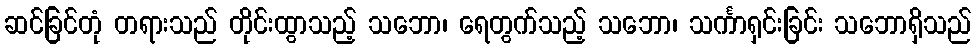
ဆင်ခြင်တုံ တရားသည် တိုင်းထွာသည့် သဘော၊ ရေတွက်သည့် သဘော၊ သင်္ကာရှင်းခြင်း သဘောရှိသည်